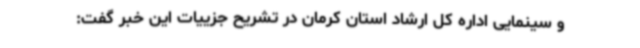
و سینمایی اداره کل ارشاد استان کرمان در تشریح جزییات این خبر گفت: